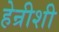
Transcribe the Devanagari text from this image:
हेन्रीशी